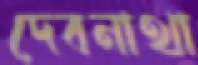
দেবনাথা